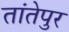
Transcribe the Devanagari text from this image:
तांतेपुर